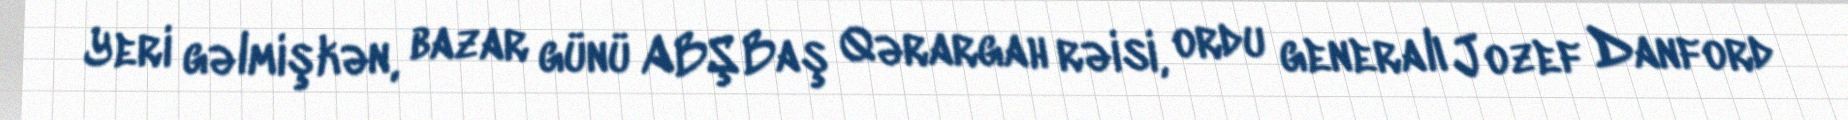
Yeri gəlmişkən, bazar günü ABŞ Baş Qərargah rəisi, ordu generalı Jozef Danford